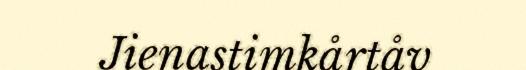
Jienastimkårtåv